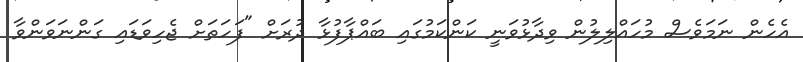
އެހެން ނަމަވެސް މުހައްލިލުން ވިދާޅުވަނީ ކަންކަމުގައި ބައްޕާފުޅާ ދުރަށް "ފަހަތަށް ޖެހިވަޑައި ގަންނަވަންވާ